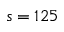
s = 1 2 5